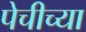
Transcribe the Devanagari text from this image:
पेचीच्या